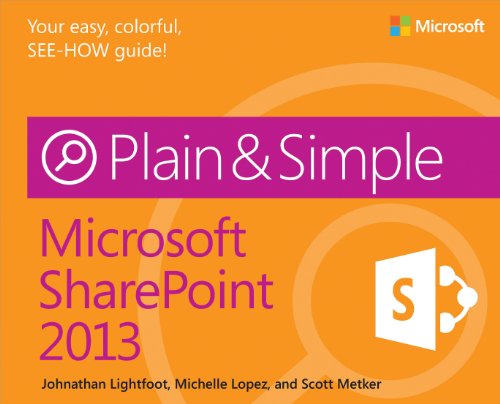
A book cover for Microsoft SharePoint 2013 Plain & Simple; Johnathan Lightfoot; Computers & Technology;